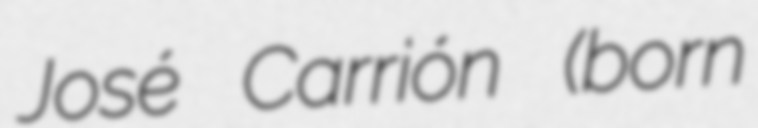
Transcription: José Carrión (born